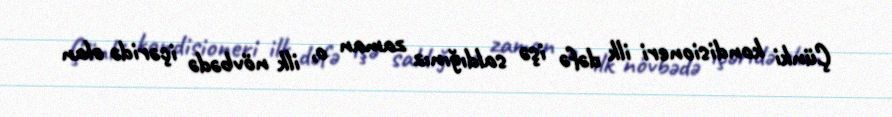
Çünki kondisioneri ilk dəfə işə saldığınız zaman o, ilk növbədə içəridə olan